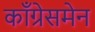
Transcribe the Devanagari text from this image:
काँग्रेसमेन